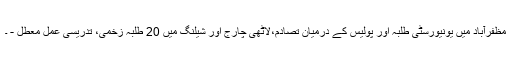
مظفرآباد میں یونیورسٹی طلبہ اور پولیس کے درمیان تصادم،لاٹھی چارج اور شیلنگ میں 20 طلبہ زخمی، تدریسی عمل معطل - ۔